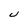
Character: U